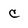
Character: C